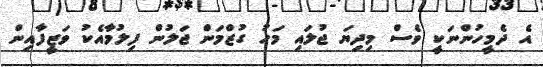
އެ ދެމީހުންނަކީ ވެސް މިދިޔަ ޖުލައި މަހު ގުޒްމަން ޖަލުން ފިލުމާއެކު ވަޒީފާއިން